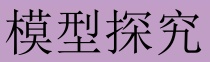
模型探究